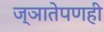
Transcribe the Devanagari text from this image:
ज्ञातेपणही